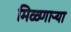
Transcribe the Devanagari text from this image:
मिळ्णाऱ्या